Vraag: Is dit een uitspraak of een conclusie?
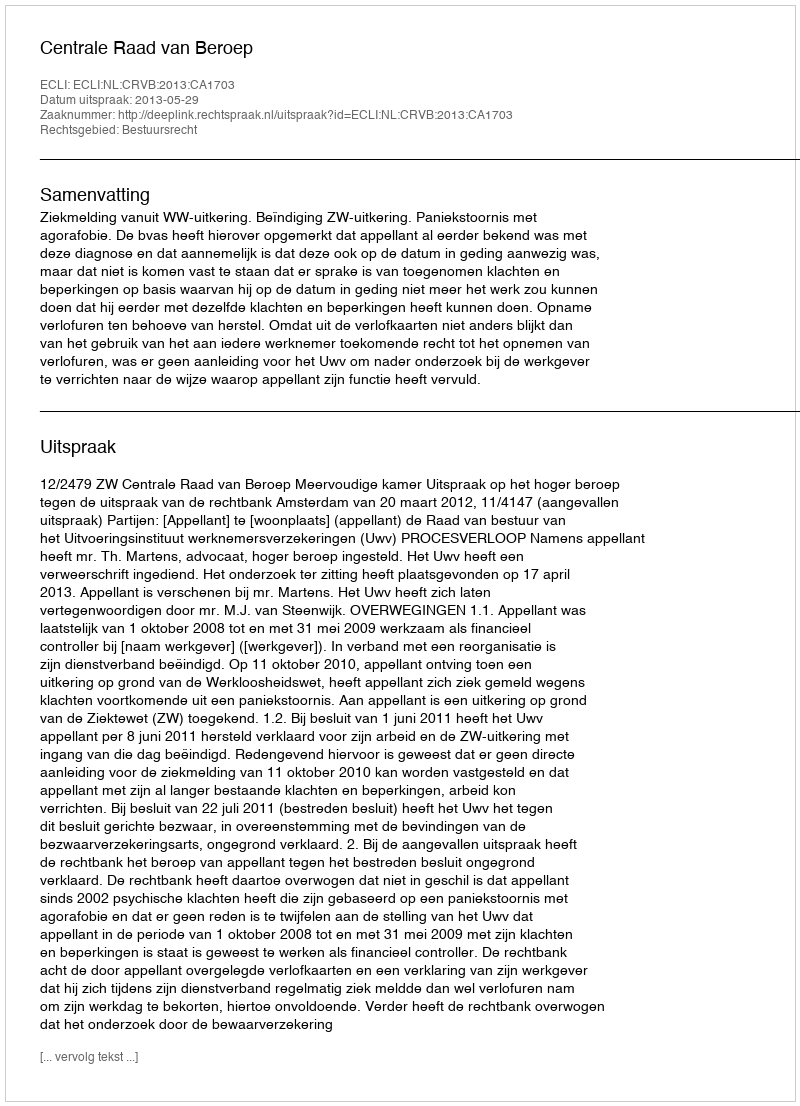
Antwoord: Uitspraak